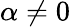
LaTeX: \alpha\ne 0